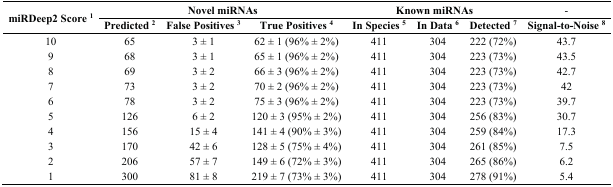
| <ROWSPAN=2> miRDeep2 Score 1 | <COLSPAN=3> Novel miRNAs | <COLSPAN=3> Known miRNAs | - |
 | Predicted 2 | False Positives 3 | True Positives 4 | In Species 5 | In Data 6 | Detected 7 | Signal-to-Noise 8 |
 | --- | --- | --- | --- | --- | --- | --- | --- |
 | 10 | 65 | 3 ± 1 | 62 ± 1 (96% ± 2%) | 411 | 304 | 222 (72%) | 43.7 |
 | 9 | 68 | 3 ± 1 | 65 ± 1 (96% ± 2%) | 411 | 304 | 223 (73%) | 43.5 |
 | 8 | 69 | 3 ± 2 | 66 ± 3 (96% ± 2%) | 411 | 304 | 223 (73%) | 42.7 |
 | 7 | 73 | 3 ± 2 | 70 ± 2 (96% ± 2%) | 411 | 304 | 223 (73%) | 42 |
 | 6 | 78 | 3 ± 2 | 75 ± 3 (96% ± 2%) | 411 | 304 | 223 (73%) | 39.7 |
 | 5 | 126 | 6 ± 2 | 120 ± 3 (95% ± 2%) | 411 | 304 | 256 (83%) | 30.7 |
 | 4 | 156 | 15 ± 4 | 141 ± 4 (90% ± 3%) | 411 | 304 | 259 (84%) | 17.3 |
 | 3 | 170 | 42 ± 6 | 128 ± 5 (75% ± 4%) | 411 | 304 | 261 (85%) | 7.5 |
 | 2 | 206 | 57 ± 7 | 149 ± 6 (72% ± 3%) | 411 | 304 | 265 (86%) | 6.2 |
 | 1 | 300 | 81 ± 8 | 219 ± 7 (73% ± 3%) | 411 | 304 | 278 (91%) | 5.4 |